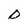
Character: D